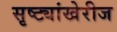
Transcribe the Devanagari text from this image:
सृष्ट्यांखेरीज